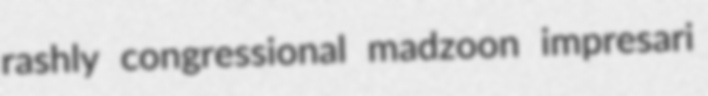
rashly congressional madzoon impresari